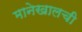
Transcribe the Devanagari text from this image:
मानेखालची